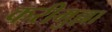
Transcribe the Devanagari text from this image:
करीमुल्ला